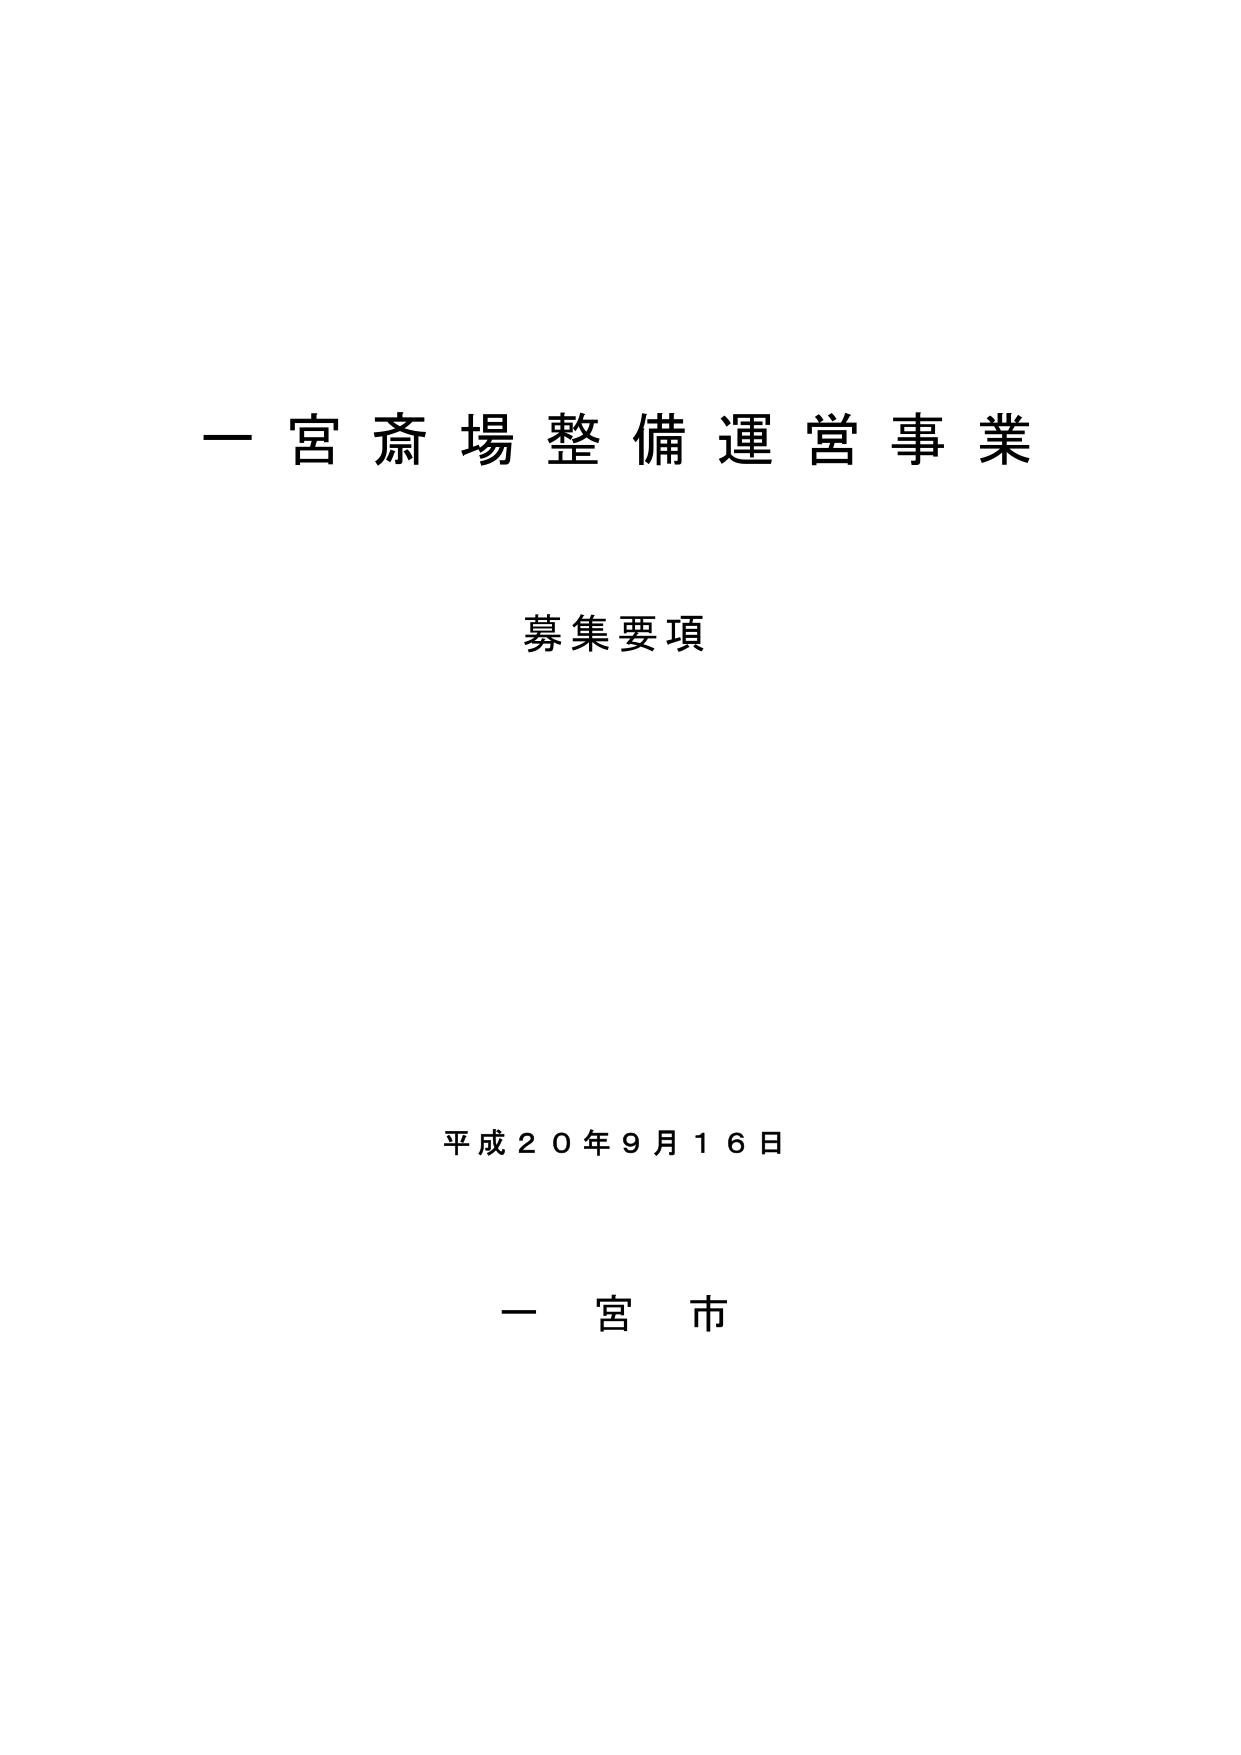
一宮斎場整備運営事業
募集要項

平成２０年９月１６日

一宮市